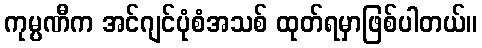
ကုမ္ပဏီက အင်ဂျင်ပုံစံအသစ် ထုတ်ရမှာဖြစ်ပါတယ်။